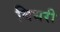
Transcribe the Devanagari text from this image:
बिथरी